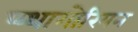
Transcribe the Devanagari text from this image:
प्य्थागोरियन